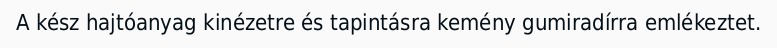
A kész hajtóanyag kinézetre és tapintásra kemény gumiradírra emlékeztet.